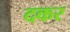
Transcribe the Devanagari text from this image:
दकर